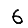
Digit: 6